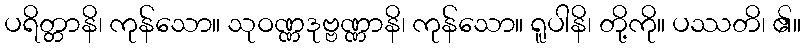
ပရိတ္တာနိ၊ ကုန်သော။ သုဝဏ္ဏဒုဗ္ဗဏ္ဏာနိ၊ ကုန်သော။ ရူပါနိ၊ တို့ကို။ ပဿတိ၊ ၏။